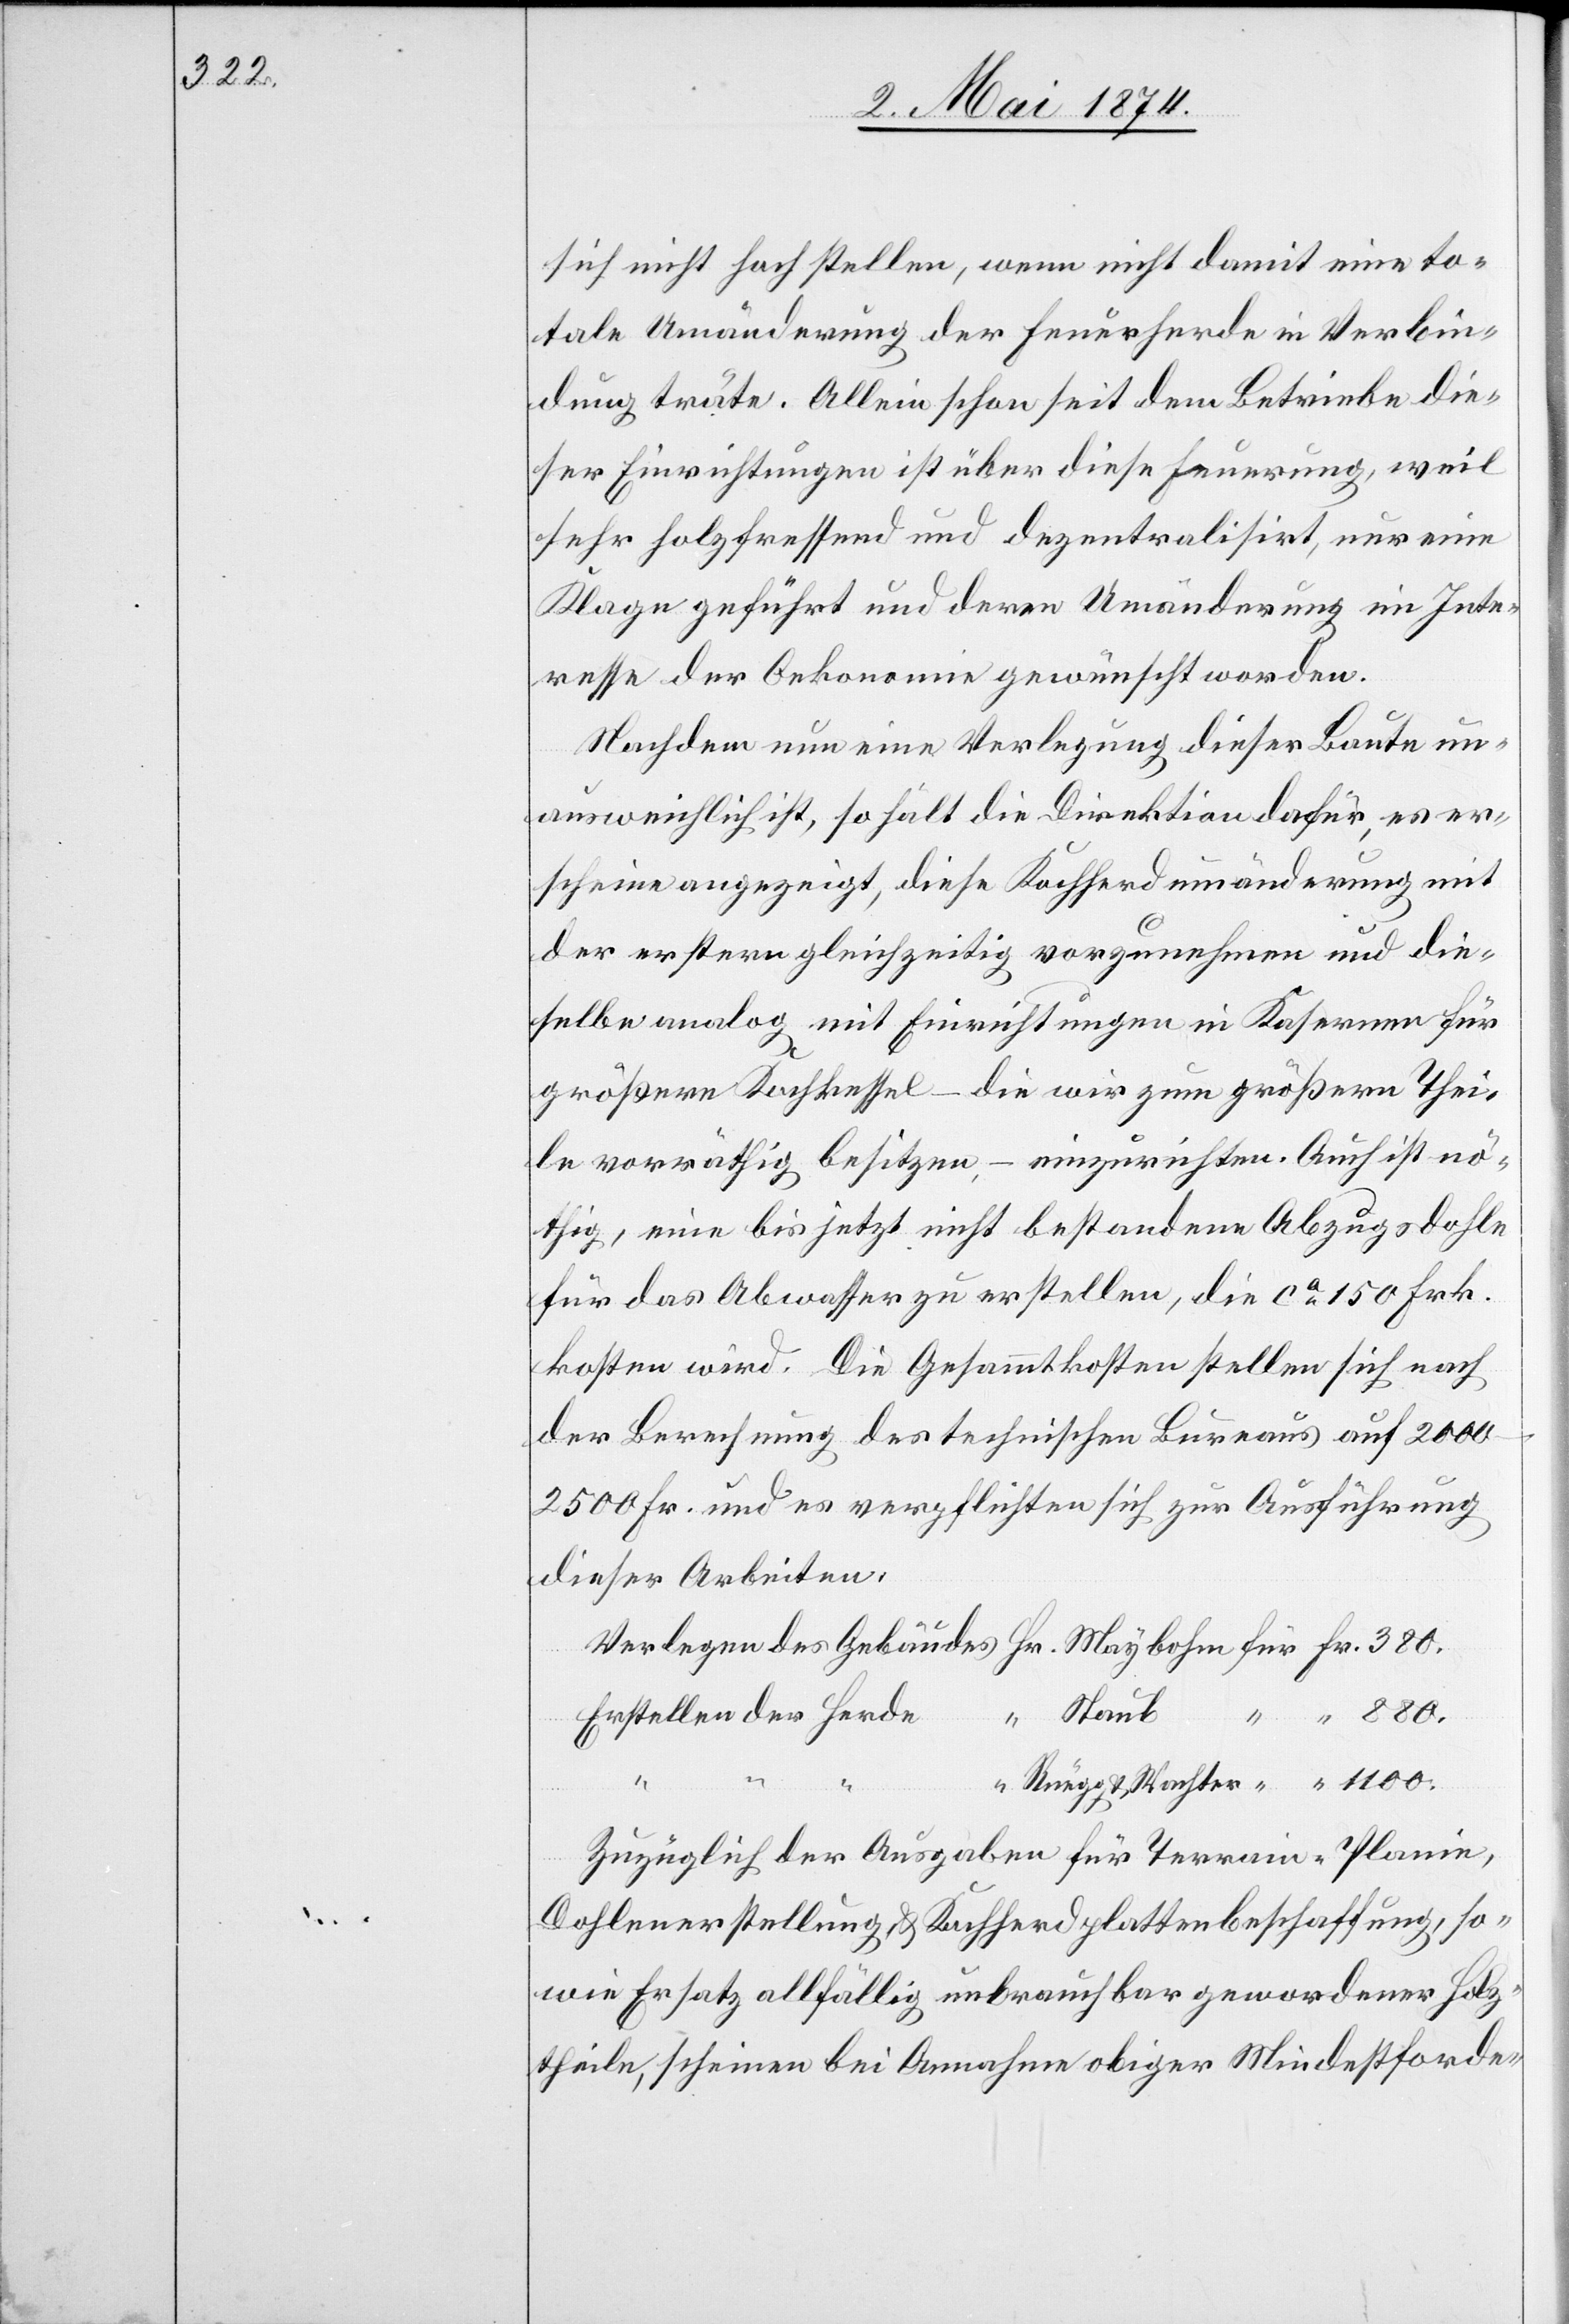
880.

“

“
sich nicht hoch stellen, wenn nicht damit eine to¬
tale Umänderung der Feuerherde in Verbin¬
dung träte. Allein schon seit dem Betriebe die¬
ser Einrichtungen ist über diese Feuerung, weil
sehr holztreffend und dezentralisirt, nur eine
Klage geführt und deren Umänderung im Inte¬
resse der Oekonomie gewünscht worden.
Nachdem nun eine Verlegung dieser Baute un¬
ausweichlich ist, so hält die Direktion dafür, es er¬
scheine angezeigt, diese Kochherdumänderung mit
der erstern gleichzeitig vorzunehmen und die¬
selbe analog mit Einrichtungen in Kasernen für
größere Kochkessel – die wir zum größern Thei¬
le vorräthig besitzen, – einzurichten. Auch ist nö¬
thig, eine bis jetzt nicht bestandene Abzugsdohle
für das Abwasser zu erstellen, die ca 150 Frk.
kosten wird. Die Gesammtkosten stellen sich nach
der Berechnung des technischen Bureaus auf 2000–2500
Fr. und es verpflichten sich zur Ausführung
dieser Arbeiten,
Zuzüglich der Ausgaben für Terrain-Planin,
Dohlenerstellung u. Kochherdplattenbeschaffung, so¬
wie Ersatz allfällig unbrauchbar gewordener Holz¬
theile, scheinen bei Annahme obiger Mindestforde-